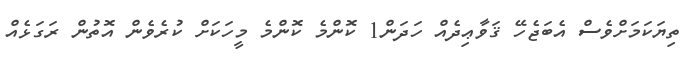
ތިޔަކަމަށްވެސް އެބަޖެހޭ ޤަވާޢިދެއް ހަދަން1 ކޮންމެ ކޮންމެ މީހަކަށް ކުރެވެން އޮތުން ރަގަޅެއް